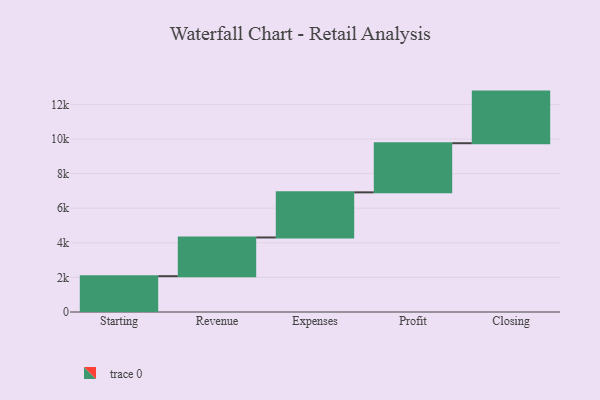
{"axis": {"x": "Step", "y": "Value"}, "legend": [""], "data": [{"x": "Starting", "y": 2070.0, "type": ""}, {"x": "Revenue", "y": 2238.0, "type": ""}, {"x": "Expenses", "y": 2608.0, "type": ""}, {"x": "Profit", "y": 2840.0, "type": ""}, {"x": "Closing", "y": 2984.0, "type": ""}]}